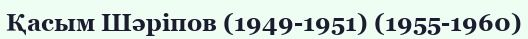
Қасым Шәріпов (1949-1951) (1955-1960)